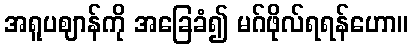
အရူပဈာန်ကို အခြေခံ၍ မဂ်ဖိုလ်ရရန်ဟော။